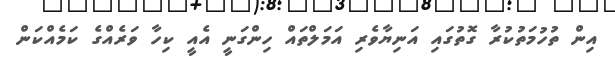
އިން ތުހުމަތުކުރާ ގޮތުގައި އަނިޔާވެރި އަމަލްތައް ހިންގަނީ އެއީ ކިހާ ވަރެއްގެ ކަމެއްކަން